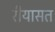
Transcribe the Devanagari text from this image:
रीयासत